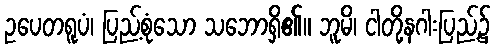
ဥပေတရူပံ၊ ပြည့်စုံသော သဘောရှိ၏။ ဘူမိ၊ ငါတို့နဂါးပြည့်၌